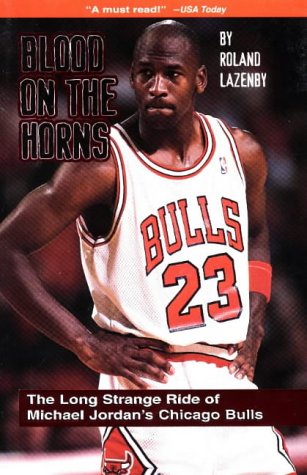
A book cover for Blood on the Horns: The Long Strange Ride of Michael Jordan's Chicago Bulls; Roland Lazenby; Sports & Outdoors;